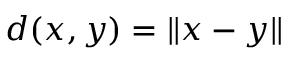
d ( x , y ) = \| x - y \|